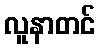
လူနာတင်